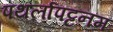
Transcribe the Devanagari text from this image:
पथर्लापट्टनम